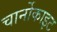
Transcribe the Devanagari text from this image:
चार्नोकाइट